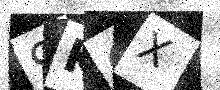
Text: 9KCX